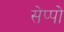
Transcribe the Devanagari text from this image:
सेप्पो